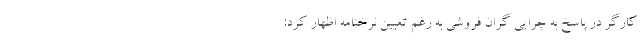
کارگر در پاسخ به چرایی گران فروشی به رغم تعیین نرخنامه اظهار کرد: